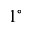
1 ^ { \circ }